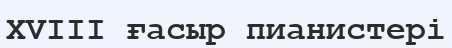
XVIII ғасыр пианистері